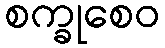
စက္ခုစေဝ